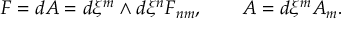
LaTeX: { \cal F } = d A = d \xi ^ { m } \wedge d \xi ^ { n } { \cal F } _ { n m } , \qquad A = d \xi ^ { m } A _ { m } .